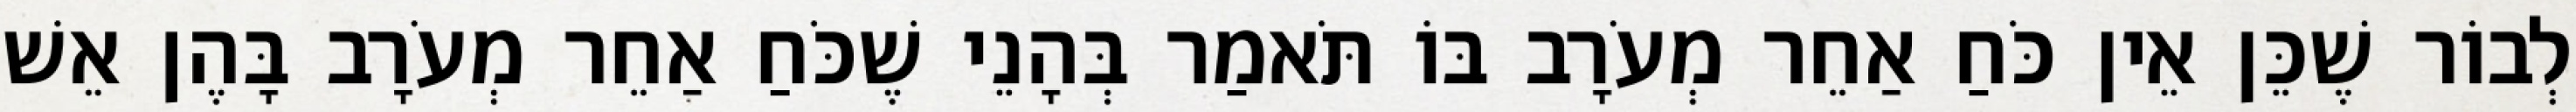
לְבוֹר שֶׁכֵּן אֵין כֹּחַ אַחֵר מְעֹרָב בּוֹ תֹּאמַר בְּהָנֵי שֶׁכֹּחַ אַחֵר מְעֹרָב בָּהֶן אֵשׁ